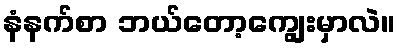
နံနက်စာ ဘယ်တော့ကျွေးမှာလဲ။